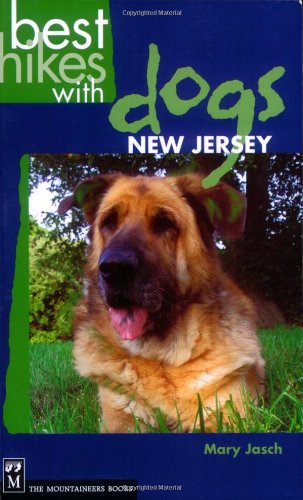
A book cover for Best Hikes With Dogs New Jersey; Mary Jasch; Travel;